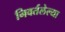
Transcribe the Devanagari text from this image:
निवर्तलेल्या